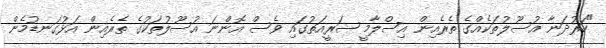
"ހަރުދަނާ އުސޫލުތަކެއްގެ ތެރެއިން އިސްލާމީ ޝަރީއަތުގައި ވެސް އޮންނަ އުސޫލުތަކުގެ ތެރެއިން އަޅުގަނޑުމެން